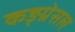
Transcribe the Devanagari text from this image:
कङ्ग्रेसल